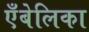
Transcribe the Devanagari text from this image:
एँबेलिका